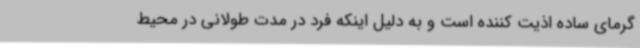
گرمای ساده اذیت کننده است و به دلیل اینکه فرد در مدت طولانی در محیط